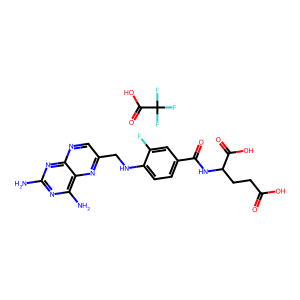
SMILES: Nc1nc(N)c2nc(CNc3ccc(C(=O)NC(CCC(=O)O)C(=O)O)cc3F)cnc2n1.O=C(O)C(F)(F)F
Inhibits HIV replication: No